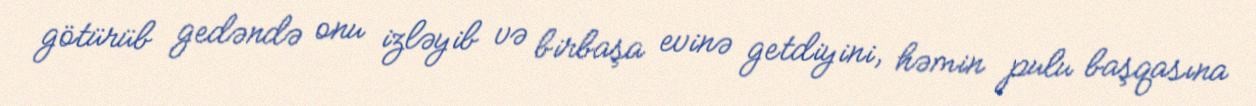
götürüb gedəndə onu izləyib və birbaşa evinə getdiyini, həmin pulu başqasına